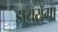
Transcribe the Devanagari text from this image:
डायरॉमा